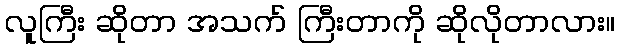
လူကြီး ဆိုတာ အသက် ကြီးတာကို ဆိုလိုတာလား။